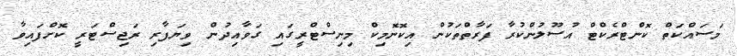
މަސައްކަތް ކޮންޓްރެކްޓް އުސޫލުންކުރާ ފަރާތްތަކުން އިކޮނޮމިކް މިނިސްޓްރީގައި ގަވާއިދުން ވިޔަފާރި ރަޖިސްޓަރީ ކޮށްފައިވާ